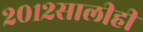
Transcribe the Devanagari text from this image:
२०१२सालीही